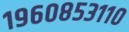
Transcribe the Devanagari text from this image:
१९६०८५३११०